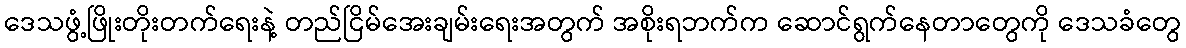
ဒေသဖွံ့ဖြိုးတိုးတက်ရေးနဲ့ တည်ငြိမ်အေးချမ်းရေးအတွက် အစိုးရဘက်က ဆောင်ရွက်နေတာတွေကို ဒေသခံတွေ